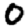
Digit: 0